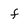
Character: f